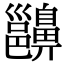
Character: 𪖵